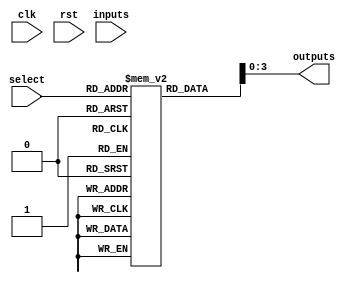
module combinational_logic_block #(
    parameter N = 4,  // Number of input lines
    parameter M = 4   // Number of output lines
)(
    input wire [N-1:0] inputs,       // Inputs
    input wire [N-1:0] select,        // Select signal for LUT configuration
    output wire [M-1:0] outputs,      // Outputs
    input wire clk,                   // Clock signal for synchronization
    input wire rst                    // Reset signal
);

    // Internal signals
    wire [15:0] lut_outputs; // LUT outputs (for 4-input LUT)
    
    // 4-input LUT implementation
    reg [15:0] lut [0:15]; // LUT memory for 16 different configurations

    // Initialize LUT configurations (example configurations)
    initial begin
        lut[0] = 16'b0000000000000000; // 0
        lut[1] = 16'b0000000000000001; // A
        lut[2] = 16'b0000000000000010; // B
        lut[3] = 16'b0000000000000011; // A AND B
        lut[4] = 16'b0000000000000100; // A OR B
        lut[5] = 16'b0000000000000110; // A XOR B
        lut[6] = 16'b0000000000001000; // NOT A
        lut[7] = 16'b0000000000001111; // A NAND B
        // Add more configurations as needed...
    end

    // LUT logic: outputs based on selected LUT configuration
    assign lut_outputs = lut[select];

    // Output logic: Drive outputs based on LUT outputs
    assign outputs = lut_outputs[N-1:0]; // Map outputs to the defined output lines

    // Propagation delay (not directly implementable in Verilog, but for simulation)
    specify
        (inputs => outputs) = (10, 10); // Example timing constraints
    endspecify

    // Test point and debugging
    // You can add internal signals to monitor state for testing purposes

endmodule